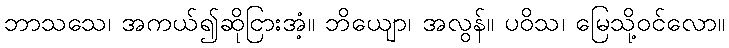
ဘာသသေ၊ အကယ်၍ဆိုငြားအံ့။ ဘိယျော၊ အလွန်။ ပဝိသ၊ မြေသို့ဝင်လော။